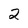
Character: 2